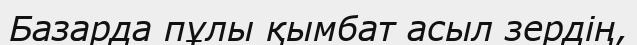
Базарда пұлы қымбат асыл зердің,